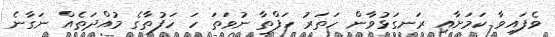
ވެފައިވާ ކަމަށާއި ރަނގަޅުވާން ހަތަރު ހަފްތާ ނުވަތަ ހަ ހަފުތާގެ މުއްދަތެއް ނަގާނެ